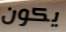
يكون